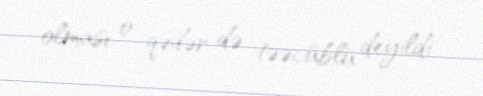
olması o qədər də təəcüblü deyildi.